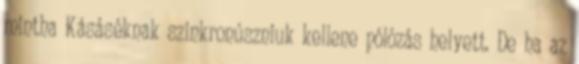
mintha Kásáséknak szinkronúszniuk kellene pólózás helyett. De ha az